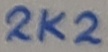
Text: 2K2